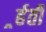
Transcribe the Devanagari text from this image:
र्र्हती